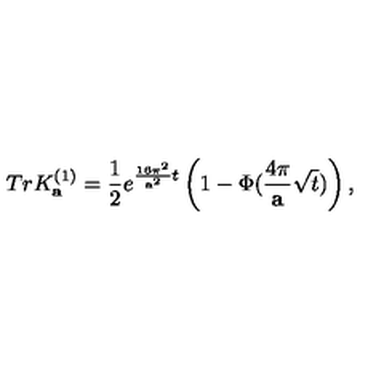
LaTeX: T r K _ { \bf a } ^ { ( 1 ) } = { \frac { 1 } { 2 } } e ^ { { \frac { 1 6 \pi ^ { 2 } } { { \bf a } ^ { 2 } } } t } \left( 1 - \Phi ( { \frac { 4 \pi } { \bf a } } \sqrt { t } ) \right) ,